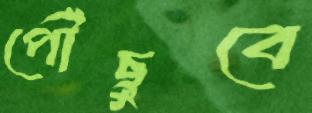
পৌঁছুবে